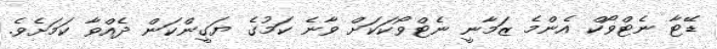
ޑޭޓާ ނެޓްވޯކް އެންމެ ޒަމާނީ ނެޓްވޯކަކަށް ވާނެ ކަމުގެ ޔަގީންކަން ދެއްވާ ކަމަށެވެ.